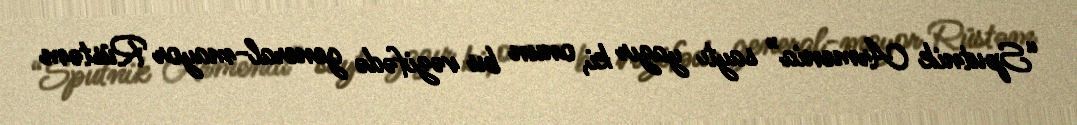
“Sputnik Armenia” saytı yazır ki, onun bu vəzifədə general-mayor Rüstəm